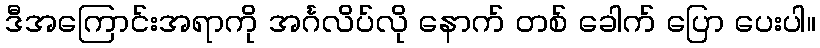
ဒီအကြောင်းအရာကို အင်္ဂလိပ်လို နောက် တစ် ခေါက် ပြော ပေးပါ။